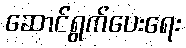
ဆောင်ရွက်ပေးရေး